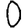
Digit: 0